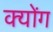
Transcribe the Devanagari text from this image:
क्योंग